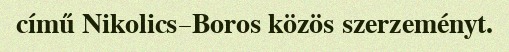
című Nikolics–Boros közös szerzeményt.